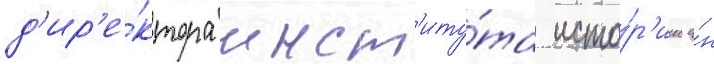
д'ир'е́ктора инст'иту́та исто́р'ии а́н